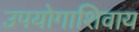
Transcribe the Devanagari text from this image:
उपयोगाशिवाय